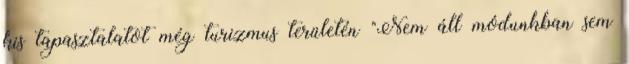
kis tapasztalatot még turizmus területén "Nem áll módunkban sem